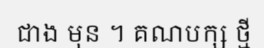
ជាង មុន ។ គណបក្ស ថ្មី